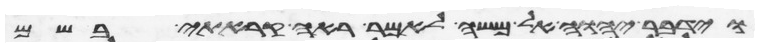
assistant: וידבר יהוה אל משה לאמר ראה קראתי בשם